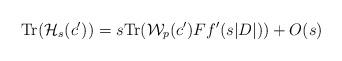
LaTeX: \begin{align*}{\rm Tr}(\mathcal{H}_s(c'))=s{\rm Tr}(\mathcal{W}_p(c')Ff'(s|D|))+O(s)\end{align*}